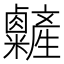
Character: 𥽽